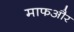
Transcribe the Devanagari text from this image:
माफऔर